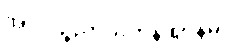
အာကိဉ္စညာယတန ဈာန်မှ